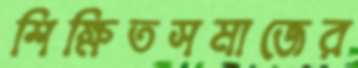
শিক্ষিতসমাজের